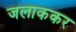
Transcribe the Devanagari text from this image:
जलाककर